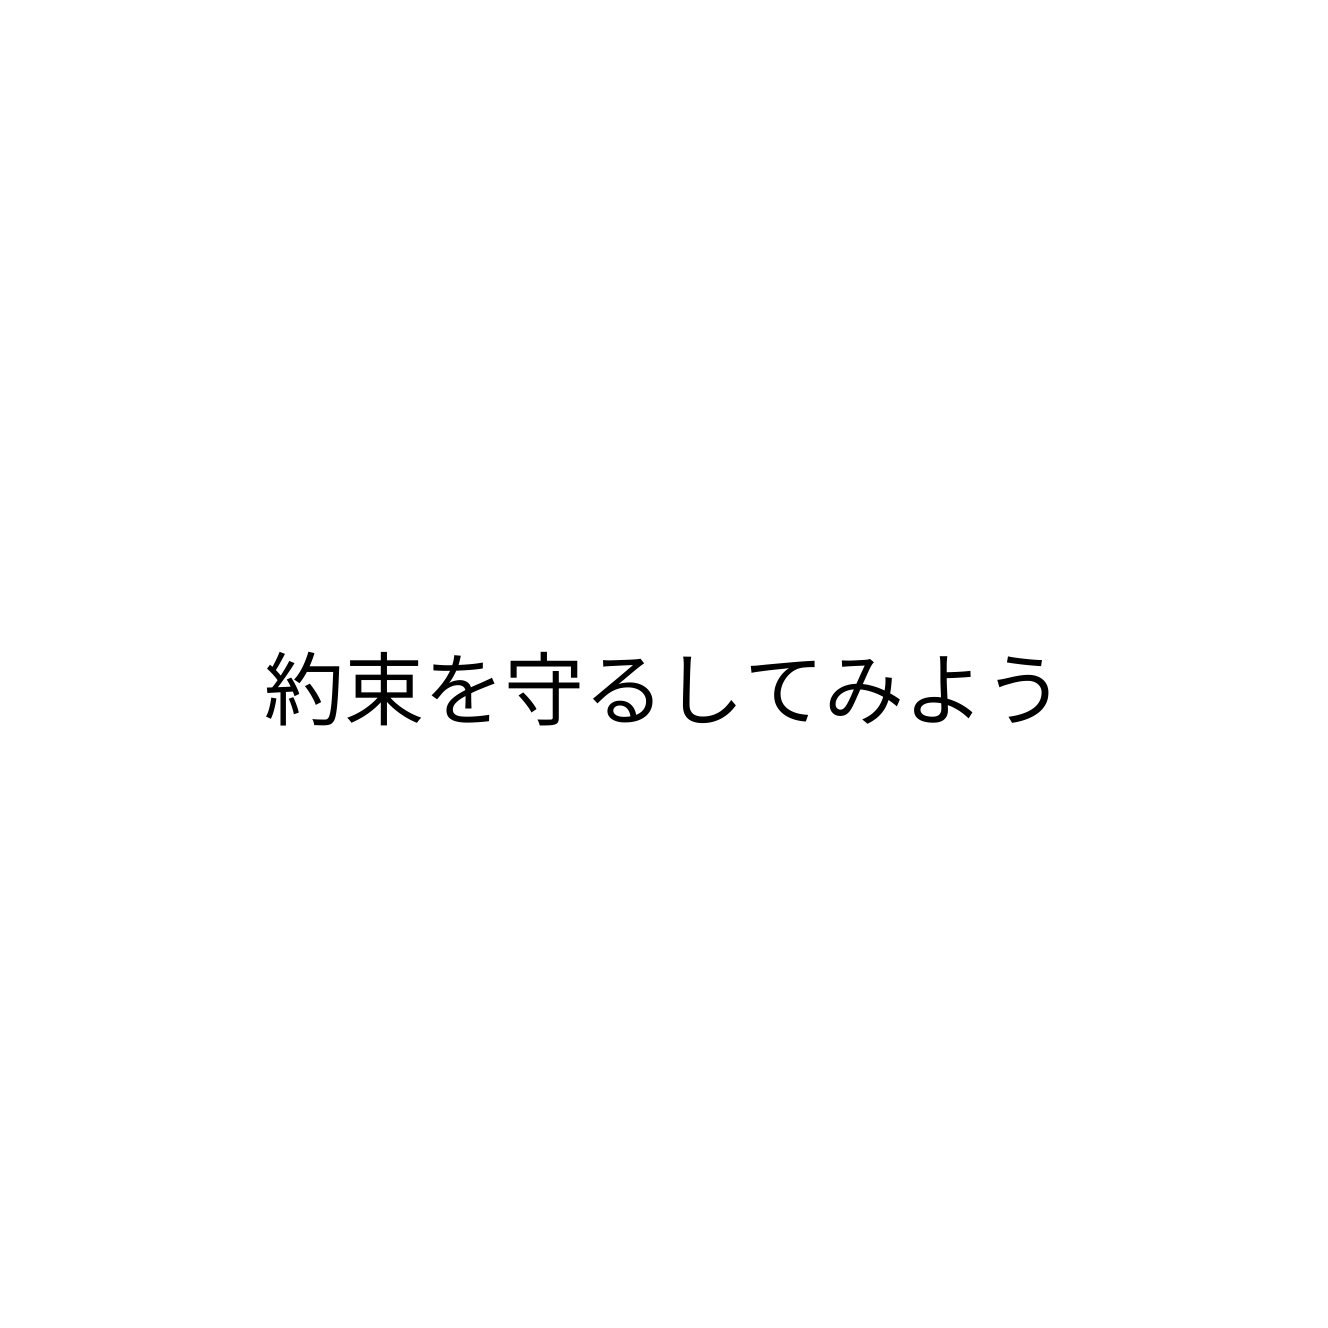
約束を守るしてみよう